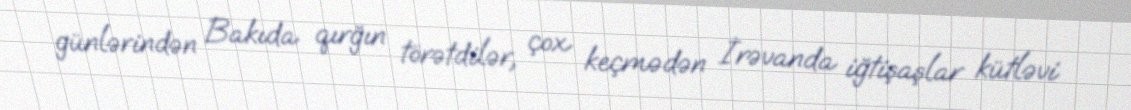
günlərindən Bakıda qırğın törətdilər, çox keçmədən İrəvanda iğtişaşlar kütləvi